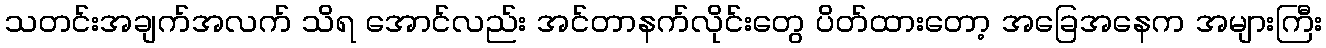
သတင်းအချက်အလက် သိရ အောင်လည်း အင်တာနက်လိုင်းတွေ ပိတ်ထားတော့ အခြေအနေက အများကြီး